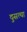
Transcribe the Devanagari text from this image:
दुसत्‍या